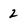
Character: 2